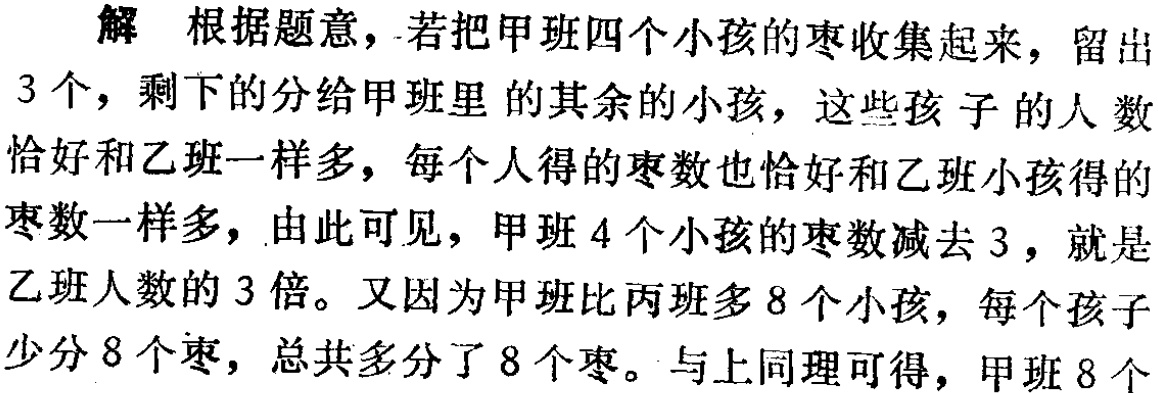
解 根据题意，若把甲班四个小孩的枣收集起来，留出
3 个，剩下的分给甲班里 的其余的小孩，这些孩 子的人 数
恰好和乙班一样多，每个人得的枣数也恰好和乙班小孩得的
枣数一样多，由此可见，甲班 4 个小孩的枣数减去 3 ，就是
乙班人数的 3 倍。又因为甲班比丙班多 8 个小孩，每个孩子
少分 8 个枣，总共多分了 8 个枣。与上同理可得，甲班 8 个